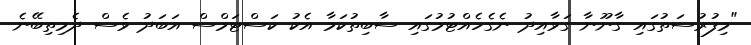
"މިފުރުސަތުގައި ގާނޫނާ ގަވާއިދު ނެގެހެއްޓުމުގައި ސާބިތުކަމާ އެކު ކަސްޓަމްސް އަބަދު ވެސް ދެމިތިބޭނެ